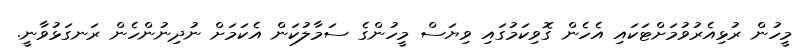
މީހުން ރުޅިއެރުވުމަށްޓަކައި އެހެން ގޮވިކަމުގައި ވިޔަސް މީހުންގެ ސަމާލުކަން އެކަމަށް ނުދިނުންހެން ރަނގަޅުވާނީ.